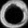
Digit: ၀